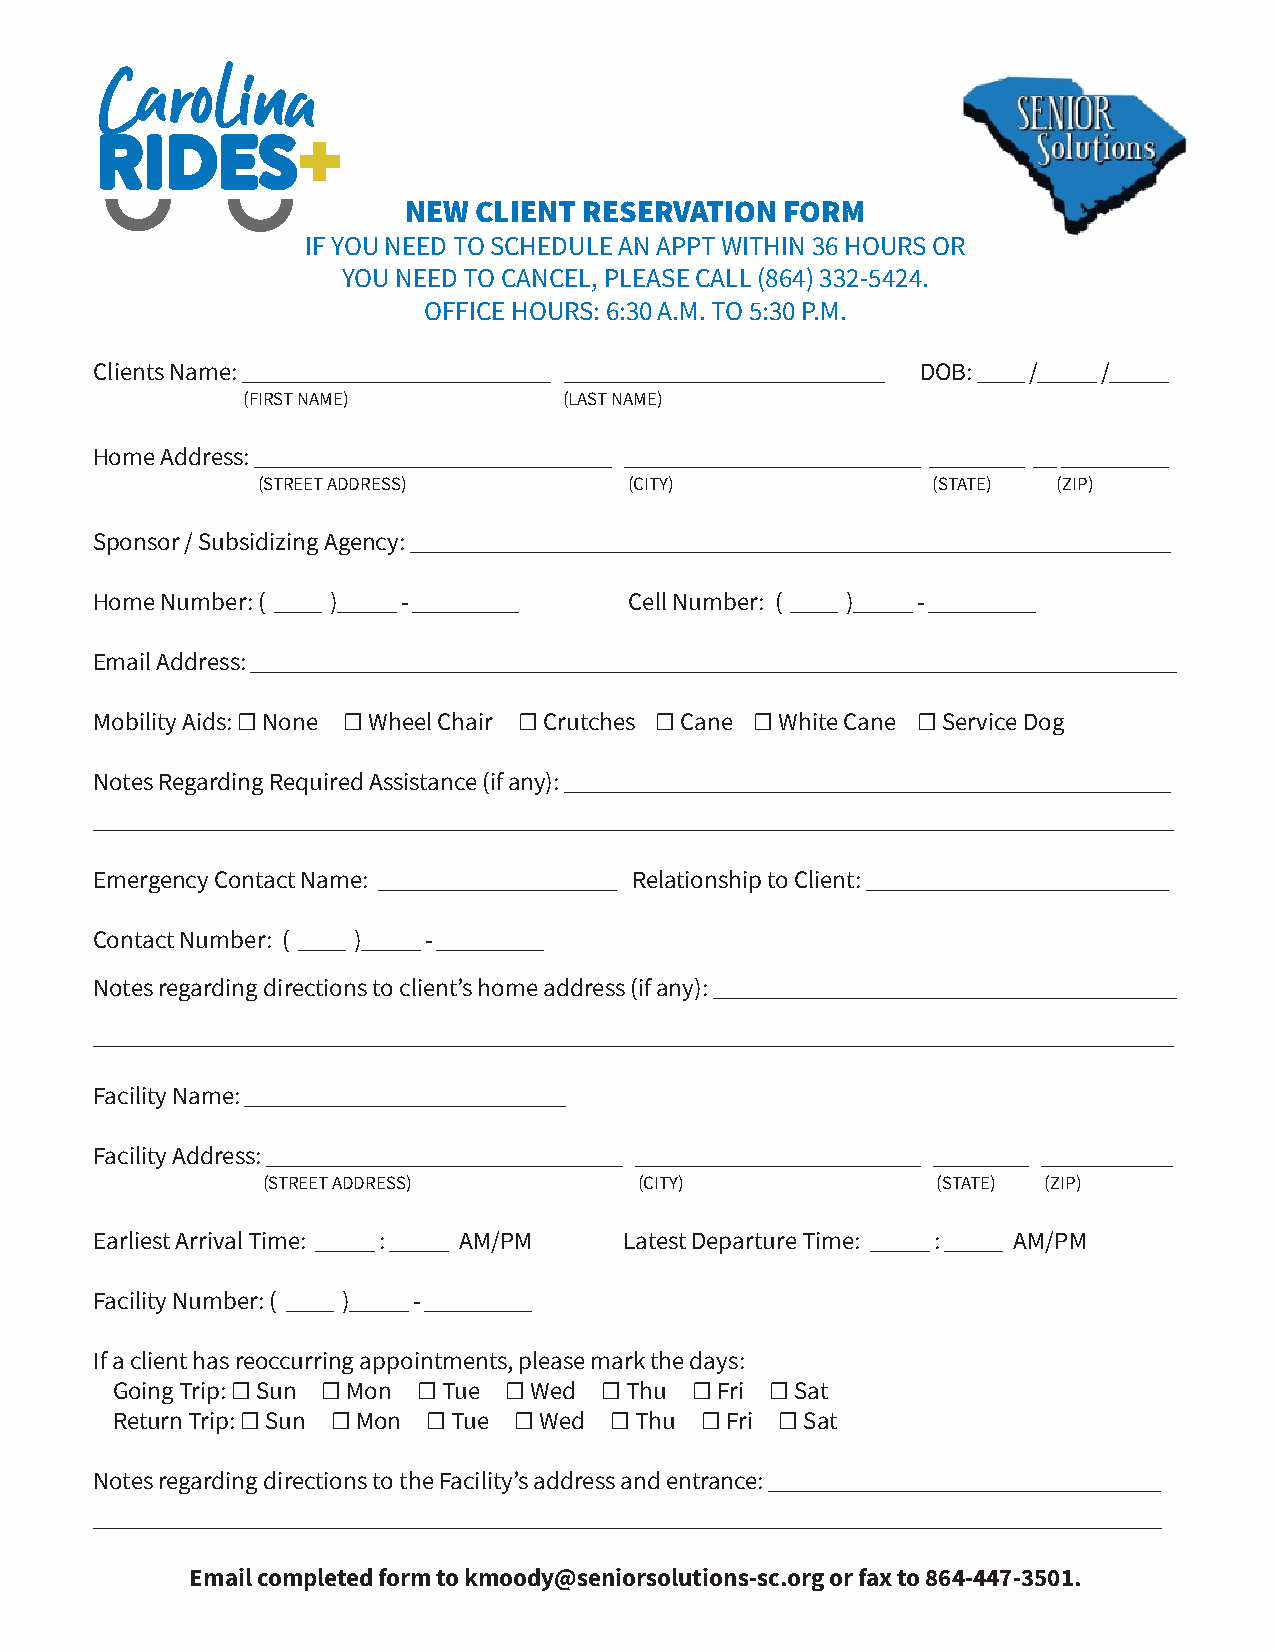
NEW  CLIENT RESERVATION  FORM
 IF YOU NEED TO SCHEDULE AN APPT WITHIN 36 HOURS OR
 YOU NEED TO CANCEL, PLEASE CALL (864) 332-5424.
 OFFICE HOURS: 6:30 A.M. TO 5:30 P.M.
 Clients Name: __________________________ ___________________________ DOB: ____ /_____ /_____
 (FIRST NAME)         (LAST NAME)
 Home Address: ______________________________ _________________________ ________ __ _________
 (STREET ADDRESS)         (CITY)              (STATE) (ZIP)
 Sponsor / Subsidizing Agency: ________________________________________________________________
 Home Number: ( ____ )_____ - _________ Cell Number: ( ____ )_____ - _________
 Email Address: ______________________________________________________________________________
 Mobility Aids: ☐ None ☐ Wheel Chair ☐ Crutches ☐ Cane ☐ White Cane ☐ Service Dog
 Notes Regarding Required Assistance (if any): ___________________________________________________
 ___________________________________________________________________________________________
 Emergency Contact Name: ____________________ Relationship to Client: __________________________
 Contact Number: ( ____ )_____ - _________
 Notes regarding directions to client’s home address (if any): _______________________________________
 ___________________________________________________________________________________________
 Facility Name: ___________________________
 Facility Address: ______________________________ ________________________ ________ ___________
 (STREET ADDRESS)         (CITY)              (STATE) (ZIP)
 Earliest Arrival Time: _____ : _____ AM/PM Latest Departure Time: _____ : _____ AM/PM
 Facility Number: ( ____ )_____ - _________
 If a client has reoccurring appointments, please mark the days:
 Going Trip: ☐ Sun ☐ Mon ☐ Tue ☐ Wed ☐ Thu ☐ Fri ☐ Sat
 Return Trip: ☐ Sun ☐ Mon ☐ Tue ☐ Wed ☐ Thu ☐ Fri ☐ Sat
 Notes regarding directions to the Facility’s address and entrance: _________________________________
 __________________________________________________________________________________________
 Email completed form to kmoody@seniorsolutions-sc.org or fax to 864-447-3501.